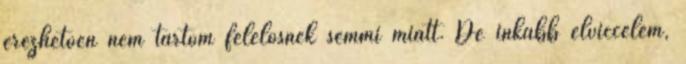
érezhetően nem tartom felelősnek semmi miatt. De inkább elviccelem,